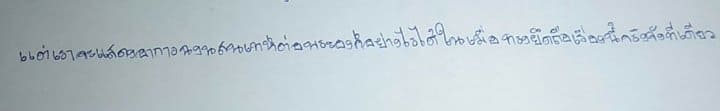
แต่เราจะแสดงอาการฉงนสนเท่ห์ต่อพระองค์อย่างไรได้ในเมื่อทรงยึดถือเรื่องนี้จริงจังทีเดียว